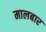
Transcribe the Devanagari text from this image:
मालबार